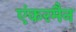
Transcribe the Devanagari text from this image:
एंकरमैन